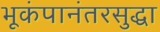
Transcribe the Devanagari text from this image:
भूकंपानंतरसुद्धा